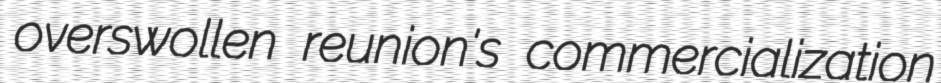
overswollen reunion's commercialization